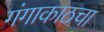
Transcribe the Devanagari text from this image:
गंगाकाठचा